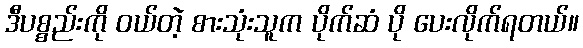
ဒီပစ္စည်းကို ဝယ်တဲ့ စားသုံးသူက ပိုက်ဆံ ပို ပေးလိုက်ရတယ်။